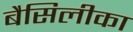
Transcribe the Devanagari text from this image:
बैसिलीका